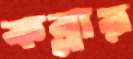
কব্‌লায়